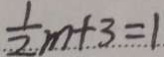
\frac { 1 } { 2 } m + 3 = 1